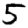
Digit: 5